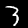
Label: 3